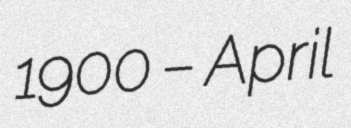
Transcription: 1900 – April